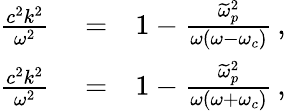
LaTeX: \begin{array}{rlr}{\frac{c^{2}k^{2}}{\omega^{2}}}&{{}=}&{1-\frac{\widetilde{\omega}_{p}^{2}}{\omega(\omega-\omega_{c})}\, ,}\\ {\frac{c^{2}k^{2}}{\omega^{2}}}&{{}=}&{1-\frac{\widetilde{\omega}_{p}^{2}}{\omega(\omega+\omega_{c})}\, ,}\end{array}